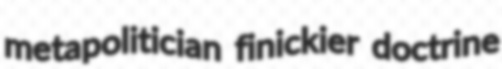
metapolitician finickier doctrine